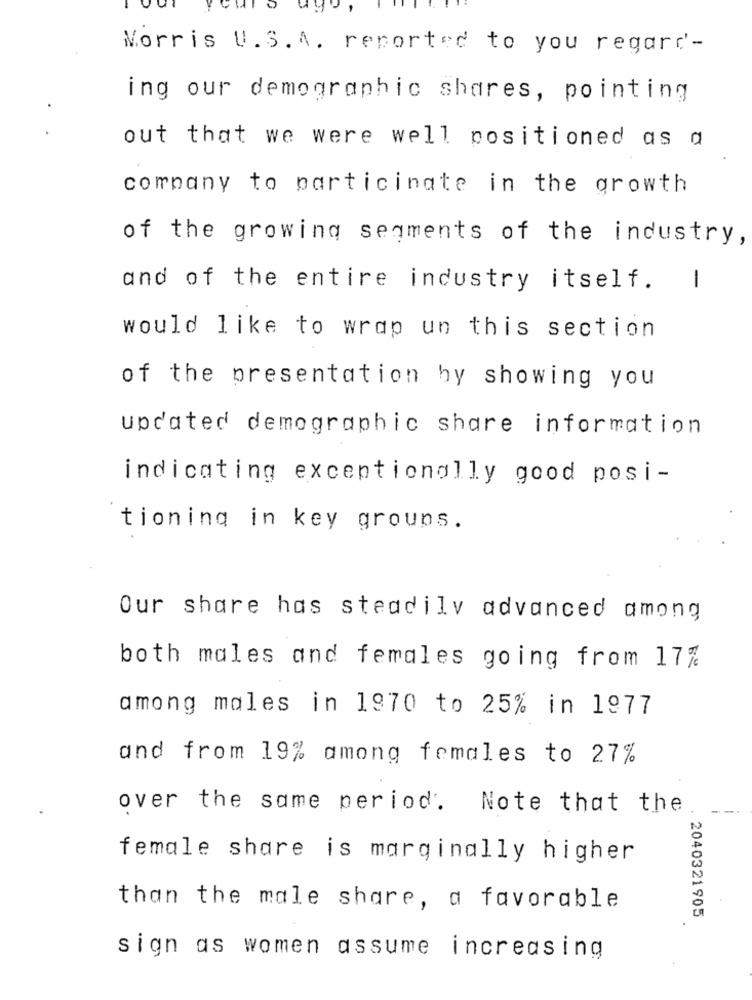
Morris U.S.A. reported to you regard'-
ing our demographic shares, pointing
out that we were well positioned as a
company to particinate in the growth
of the growing segments of the industry,
and of the entire industry itself.
1
would like to wrap un this section
of the presentation by showing you
updated demographic share information
indicating exceptionally good posi-
tioning in key groups.
Our share has steadily advanced among
both males and females going from 17%
among males in 1970 to 25% in 1977
and from 19% among females to 27%
over the same period. Note that the
female share is marginally higher
than the male share, a favorable
2040321905
sign as women assume increasing